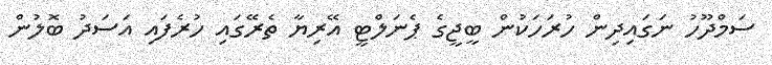
ސަމްދޫހު ނަގައިދިން ހުރަހަކުން ބީޖީގެ ޕެނަލްޓީ އޭރިޔާ ތެރޭގައި ހުރެފައި އަސަދު ބޮލުން